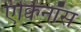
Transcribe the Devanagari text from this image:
एक्विनॉस